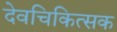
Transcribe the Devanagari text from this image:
देवचिकित्सक